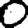
Digit: 0